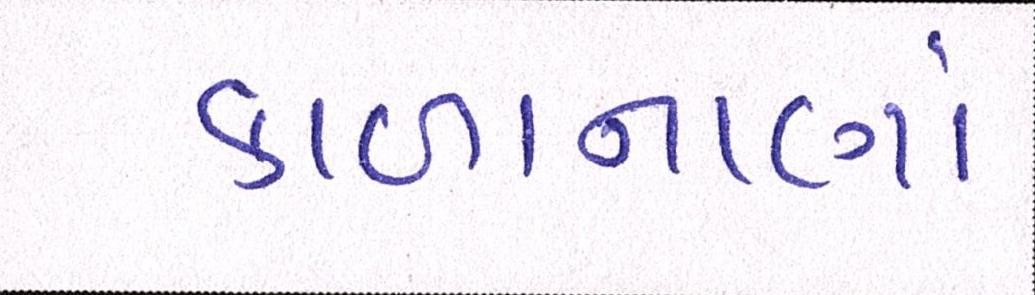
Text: કાળાનાણાં